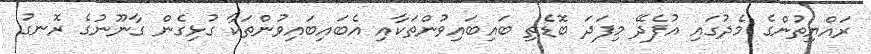
ރައްޔިތުންގެ މެދުގައި އުފެދޭ މިފަދަ ބޮޑެތި ބައިބައިވުންތަކާއި އެބައިބައިވުންތަކާ ގުޅިގެން ގާނޫނުގެ ރޮނގު